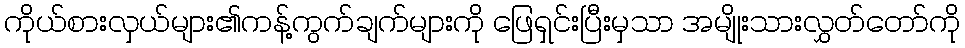
ကိုယ်စားလှယ်များ၏ကန့်ကွက်ချက်များကို ဖြေရှင်းပြီးမှသာ အမျိုးသားလွှတ်တော်ကို